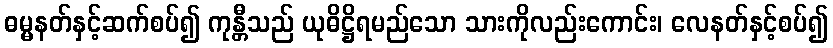
ဓမ္မနတ်နှင့်ဆက်စပ်၍ ကုန္တီသည် ယုဓိဋ္ဌိရမည်သော သားကိုလည်းကောင်း၊ လေနတ်နှင့်စပ်၍